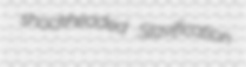
shockheaded Slavification